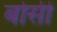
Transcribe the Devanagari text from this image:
बोसी